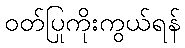
ဝတ်ပြုကိုးကွယ်ရန်